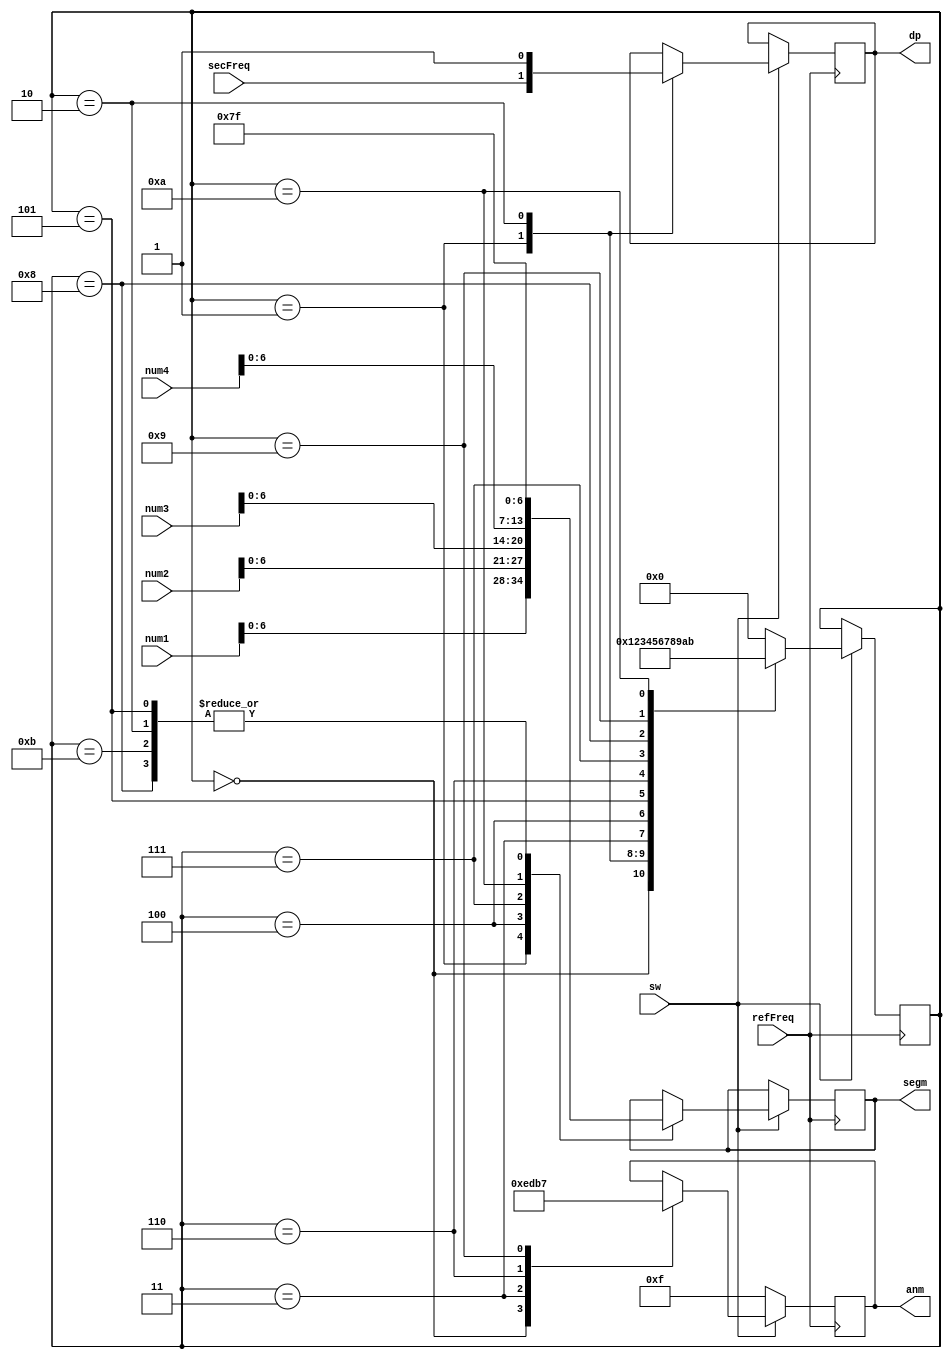
`timescale 1ns / 1ps
//////////////////////////////////////////////////////////////////////////////////
// Company: 
// Engineer: 
// 
// Design Name: 
// Module Name: digits
// Project Name: 
// Target Devices: 
// Tool Versions: 
// Description: 
// 
// Dependencies: 
// 
// Revision:
// Revision 0.01 - File Created
// Additional Comments:
// 
//////////////////////////////////////////////////////////////////////////////////


module digits(
        input refFreq,
        input secFreq,
        input sw,
        input [7:0] num1,
        input [7:0] num2,
        input [7:0] num3,
        input [7:0] num4,
        output reg [6:0] segm,
        output reg [3:0] anm,
        output reg dp
    );
    
    parameter off = 8'b11111111;
    
    reg [3:0] state;
    
    always @(posedge refFreq)
        if (sw)
            case(state)
                0:begin anm <= 4'b1110; state <= 1; end
                1:begin segm <= num1; dp <= secFreq; state <= 2; end
                2:begin segm <= off; dp <= 1'b1; state <= 3; end
                3:begin anm <= 4'b1101; state <= 4; end
                4:begin segm <= num2; state <= 5; end
                5:begin segm <= off; state <= 6; end
                6:begin anm <= 4'b1011; state <= 7; end
                7:begin segm <= num3; state <= 8; end
                8:begin segm <= off; state <= 9; end
                9:begin anm <= 4'b0111; state <= 10; end
                10:begin segm <= num4; state <= 11; end 
                11:begin segm <= off; state <= 0; end           
                default: state <= 0;
            endcase 
        else 
            anm <= 4'b1111;    
endmodule